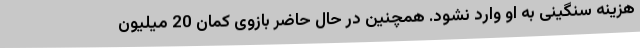
هزینه سنگینی به او وارد نشود. همچنین در حال حاضر بازوی کمان 20 میلیون